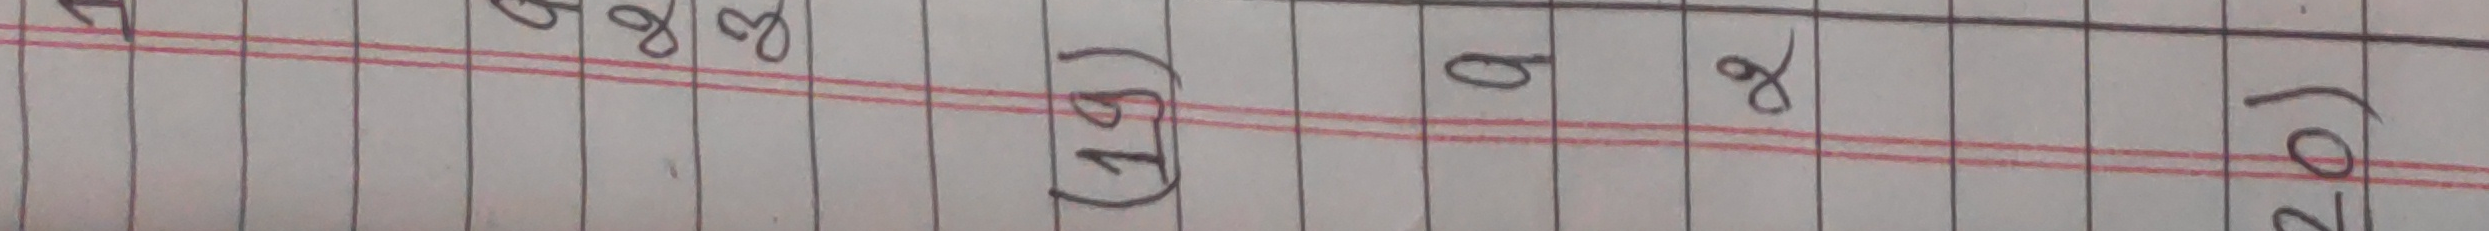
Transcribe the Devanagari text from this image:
(१५)   ९   ४  २०१